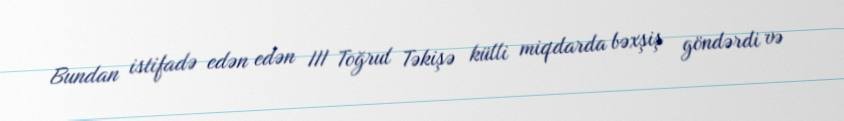
Bundan istifadə edən edən III Toğrul Təkişə külli miqdarda bəxşiş göndərdi və